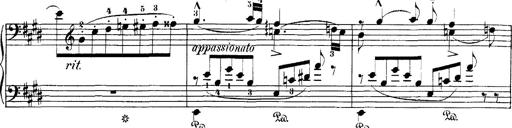
Title: Hungarian Rhapsody No.1
Composer: Franz Liszt
Key: C-sharp minor